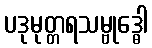
ပဒုမုတ္တရသမ္ဗုဒ္ဓေါ